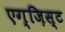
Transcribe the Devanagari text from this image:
एग्ज़िस्ट